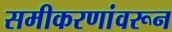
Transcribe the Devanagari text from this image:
समीकरणांवरून